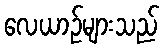
လေယာဉ်များသည်